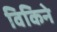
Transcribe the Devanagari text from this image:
विकिने